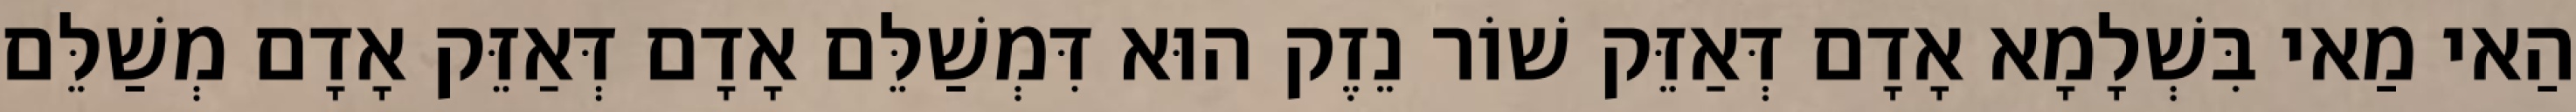
הַאי מַאי בִּשְׁלָמָא אָדָם דְּאַזֵּק שׁוֹר נֵזֶק הוּא דִּמְשַׁלֵּם אָדָם דְּאַזֵּק אָדָם מְשַׁלֵּם